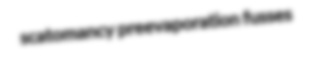
scatomancy preevaporation fusses